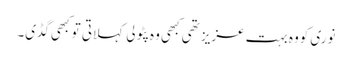
نوری کووہ بہت عزیز تھی کبھی وہ پٹولی کہلاتی تو کبھی گڈی۔